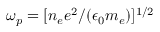
\omega _ { p } = [ n _ { e } e ^ { 2 } / ( \epsilon _ { 0 } m _ { e } ) ] ^ { 1 / 2 }